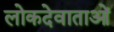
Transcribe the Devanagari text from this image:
लोकदेवाताओं